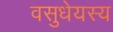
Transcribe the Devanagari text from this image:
वसुधेयस्य